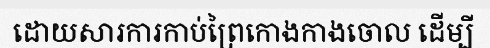
ដោយសារការកាប់ព្រៃកោងកាងចោល ដើម្បី